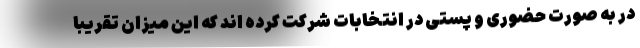
در به صورت حضوری و پستی در انتخابات شرکت کرده اند که این میزان تقریباً